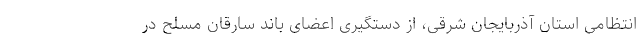
انتظامی استان آذربایجان شرقی، از دستگیری اعضای باند سارقان مسلح در